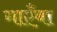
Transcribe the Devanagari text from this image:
गाएँबा